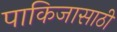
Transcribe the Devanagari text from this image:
पाकिजासाठी